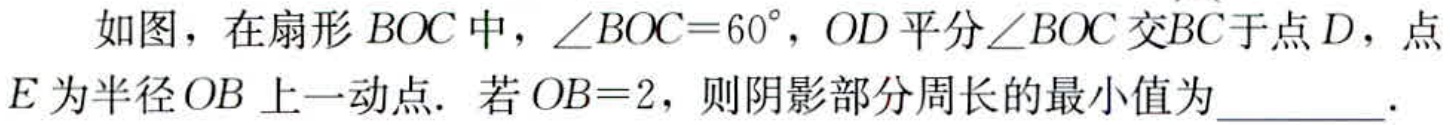
如图，在扇形 \(BOC\) 中，\(\angle BOC = 60^{\circ}\)，\(OD\) 平分 \(\angle BOC\) 交\(\overset{\frown}{BC}\)于点 \(D\)，点 \(E\) 为半径 \(OB\) 上一动点．若 \(OB = 2\)，则阴影部分周长的最小值为  ．